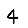
Digit: 4